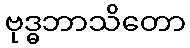
ဗုဒ္ဓဘာသိတော